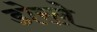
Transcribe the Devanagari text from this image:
डोरले